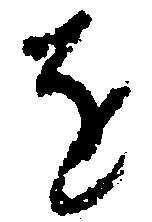
を